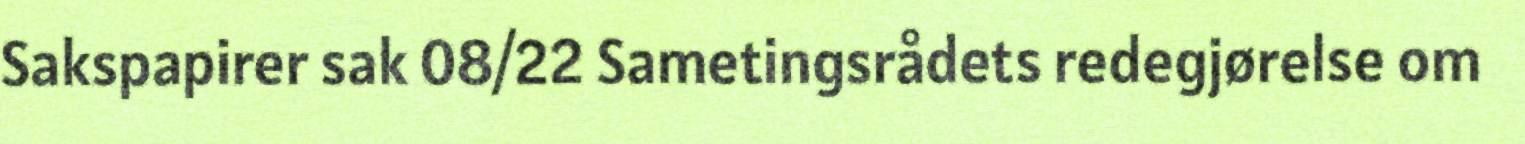
Sakspapirer sak 08/22 Sametingsrådets redegjørelse om